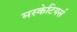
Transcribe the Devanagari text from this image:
मस्केटियर्स